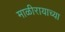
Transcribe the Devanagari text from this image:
माळीरायाच्या